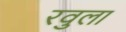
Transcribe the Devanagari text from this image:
रवुला